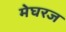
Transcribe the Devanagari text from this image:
मेघरज